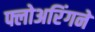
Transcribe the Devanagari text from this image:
फ्लोअरिंगने